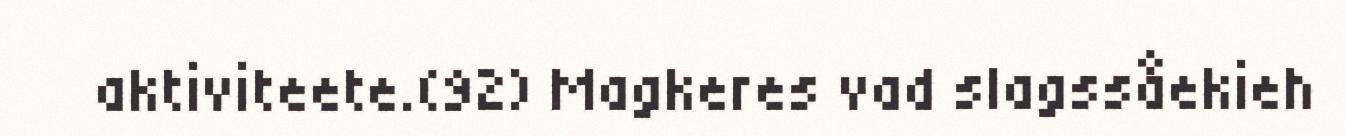
aktiviteete.(92) Magkeres vad slagssåekieh